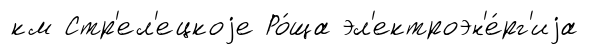
км Стр'ел'ецкоjе Ро́ща эл'ектроэн'е́рг'иjа